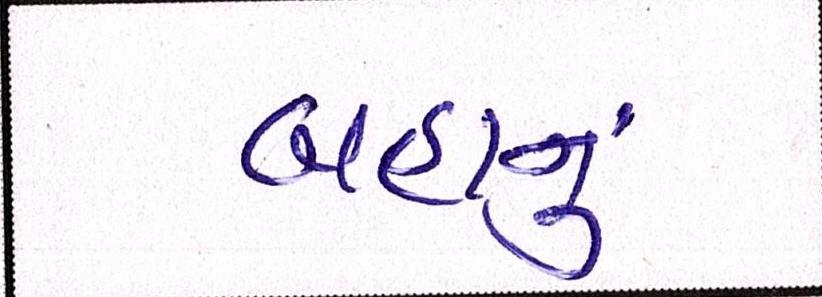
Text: બહાનું